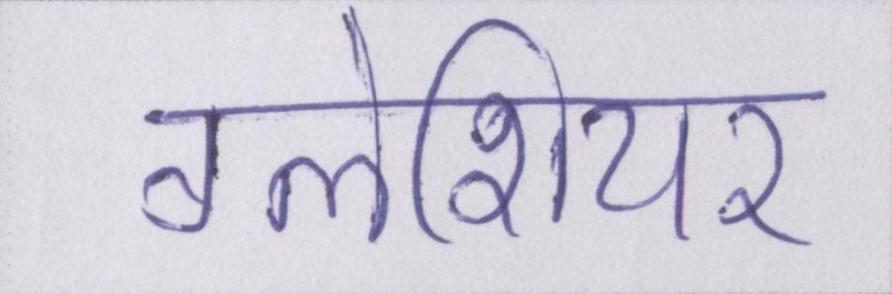
ग्लेशियर